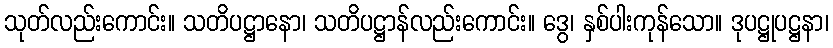
သုတ်လည်းကောင်း။ သတိပဋ္ဌာနော၊ သတိပဋ္ဌာန်လည်းကောင်း။ ဒွေ၊ နှစ်ပါးကုန်သော။ ဒုပဋ္ဌုပဋ္ဌနာ၊